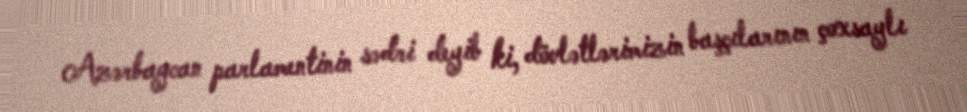
Azərbaycan parlamentinin sədri deyib ki, dövlətlərimizin başçılarının çoxsaylı